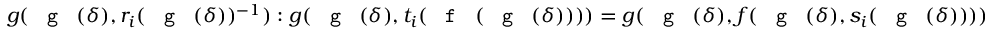
g ( \textnormal { \texttt { g } } ( \delta ) , r _ { i } ( \textnormal { \texttt { g } } ( \delta ) ) ^ { - 1 } ) : g ( \textnormal { \texttt { g } } ( \delta ) , t _ { i } ( \textnormal { \texttt { f } } ( \textnormal { \texttt { g } } ( \delta ) ) ) ) = g ( \textnormal { \texttt { g } } ( \delta ) , f ( \textnormal { \texttt { g } } ( \delta ) , s _ { i } ( \textnormal { \texttt { g } } ( \delta ) ) ) )